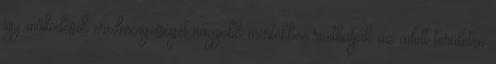
így működésük eredményességét nagyobb mértékben ronthatják az adott területen